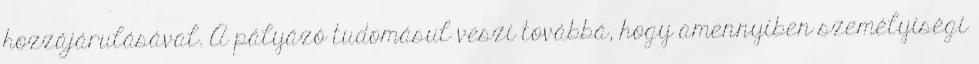
hozzájárulásával. A pályázó tudomásul veszi továbbá, hogy amennyiben személyiségi